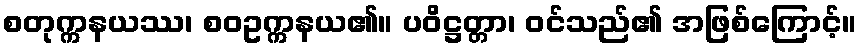
စတုက္ကနယဿ၊ စဝဥက္ကနယ၏။ ပဝိဋ္ဌတ္တာ၊ ဝင်သည်၏ အဖြစ်ကြောင့်။